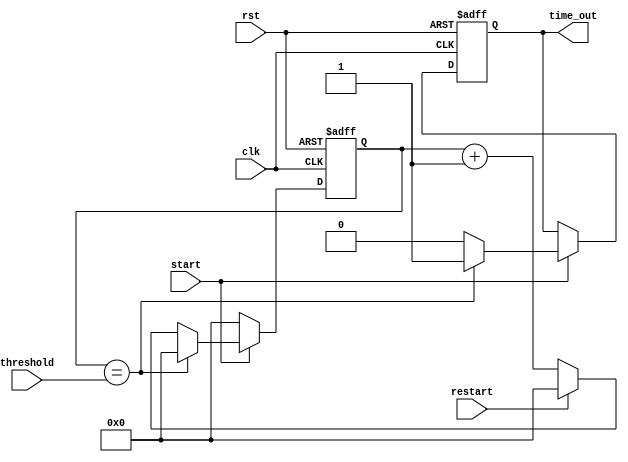
module timer (
    input wire           clk,
    input wire           rst,
    input wire           start,
    input wire           restart,
    input wire [31:0]    threshold,

    output reg           time_out
);

reg [31:0] counter;

always @(posedge clk or negedge rst) 
begin
    if (!rst) 
    begin
        counter  <= 'b0;
        time_out <= 1'b0;
    end 
    else if (start) 
    begin
        if(!restart)
        begin
            counter <= counter + 'b1;
        end
        else
        begin
            counter <= 'b0;
        end
        
        if (counter == threshold) 
        begin
            time_out <= 1'b1;
            counter  <= 'd0 ;
        end
        else
        begin
            time_out <= 1'b0;
        end
    end
    else
    begin
        counter <= 'd0;
    end
end

endmodule